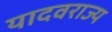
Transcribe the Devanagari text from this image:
यादवराज्य